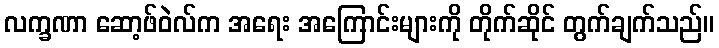
လက္ခဏာ ဆော့ဖ်ဝဲလ်က အရေး အကြောင်းများကို တိုက်ဆိုင် တွက်ချက်သည်။